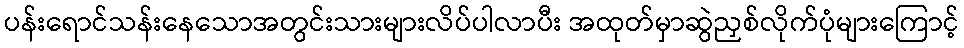
ပန်းရောင်သန်းနေသောအတွင်းသားများလိပ်ပါလာပီး အထုတ်မှာဆွဲညှစ်လိုက်ပုံများကြောင့်